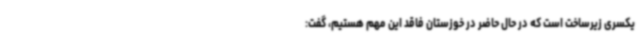
یکسری زیرساخت است که در حال حاضر در خوزستان فاقد این مهم هستیم، گفت: